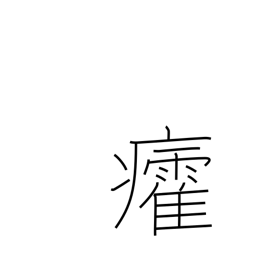
Meaning: sunstroke